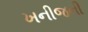
ખનીજની